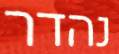
נהדר